Annual administration and progress report of the Indian Medical Department, Bombay
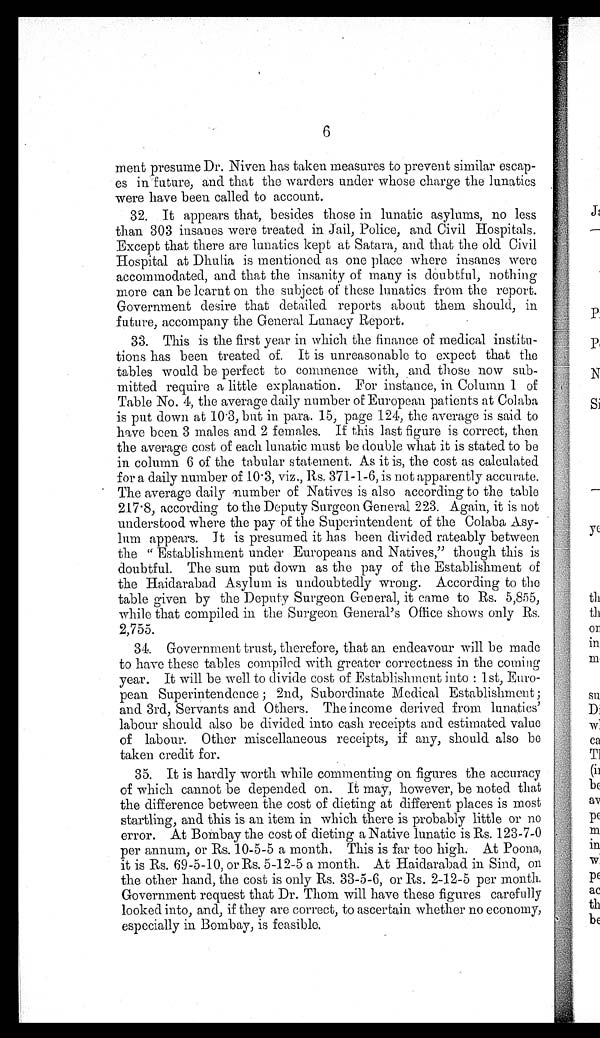
6
ment presume Dr. Niven has taken measures to prevent similar escap
-es in future, and that the warders under whose charge the lunatics
were have been called to account.
32. It appears that, besides those in lunatic asylums, no less
than 303 insanes were treated in Jail, Police, and Civil Hospitals.
Except that there are lunatics kept at Satara, and that the old Civil
Hospital at Dhulia is mentioned as one place where insanes were
accommodated, and that the insanity of many is doubtful, nothing
more can be learnt on the subject of these lunatics from the report.
Government desire that detailed reports about them should, in
future, accompany the General Lunacy Report.
33. This is the first year in which the finance of medical institu
-tions has been treated of. It is unreasonable to expect that the
tables would be perfect to commence with, and those now sub
-mitted require a little explanation. For instance, in Column 1 of
Table No. 4, the average daily number of European patients at Colaba
is put down at 10·3, but in para. 15 page 124, the average is said to
have been 3 males and 2 females. If this last figure is correct, then
the average cost of each lunatic must be double what it is stated to be
in column 6 of the tabular statement. As it is, the cost as calculated
for a daily number of 10·3, viz., Rs. 371-1-6, is not apparently accurate.
The average daily number of Natives is also according to the table
217·8, according to the Deputy Surgeon General 223. Again, it is not
understood where the pay of the Superintendent of the Colaba Asy
-lum appears. It is presumed it has been divided rateably between
the "Establishment under Europeans and Natives," though this is
doubtful. The sum put down as the pay of the Establishment of
the Haidarabad Asylum is undoubtedly wrong. According to the
table given by the Deputy Surgeon General, it came to Rs. 5,855,
while that compiled in the Surgeon General's Office shows only Rs.
2,755.
34. Government trust, therefore, that an endeavour will be made
to have these tables compiled with greater correctness in the coming
year. It will be well to divide cost of Establishment into: 1st, Eu
ro-pean Superintendence; 2nd, Subordinate Medical Establishment;
and 3rd, Servants and Others. The income derived from lunatics'
labour should also be divided into cash receipts and estimated value
of labour. Other miscellaneous receipts, if any, should also be
taken credit for.
35. It is hardly worth while commenting on figures the accuracy
of which cannot be depended on. It may, however, be noted that
the difference between the cost of dieting at different places is most
startling, and this is an item in which there is probably little or no
error. At Bombay the cost of dieting a Native lunatic is Rs. 123-7-0
per annum, or Rs. 10-5-5 a month. This is far too high. At Poona,
it is Rs. 69-5-10, or Rs. 5-12-5 a month. At Haidarabad in Sind, on
the other hand, the cost is only Rs. 33-5-6, or Rs. 2-12-5 per month.
Government request that Dr. Thom will have these figures carefully
looked into, and, if they are correct, to ascertain whether no economy,
especially in Bombay, is feasible.